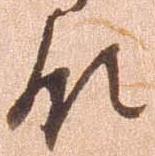
領